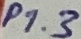
Text: P1.3